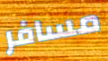
مسافر